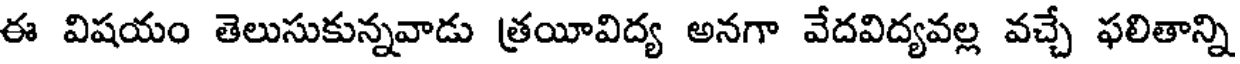
ఈ విషయం తెలుసుకున్నవాడు త్రయీవిద్య అనగా వేదవిద్యవల్ల వచ్చే ఫలితాన్ని